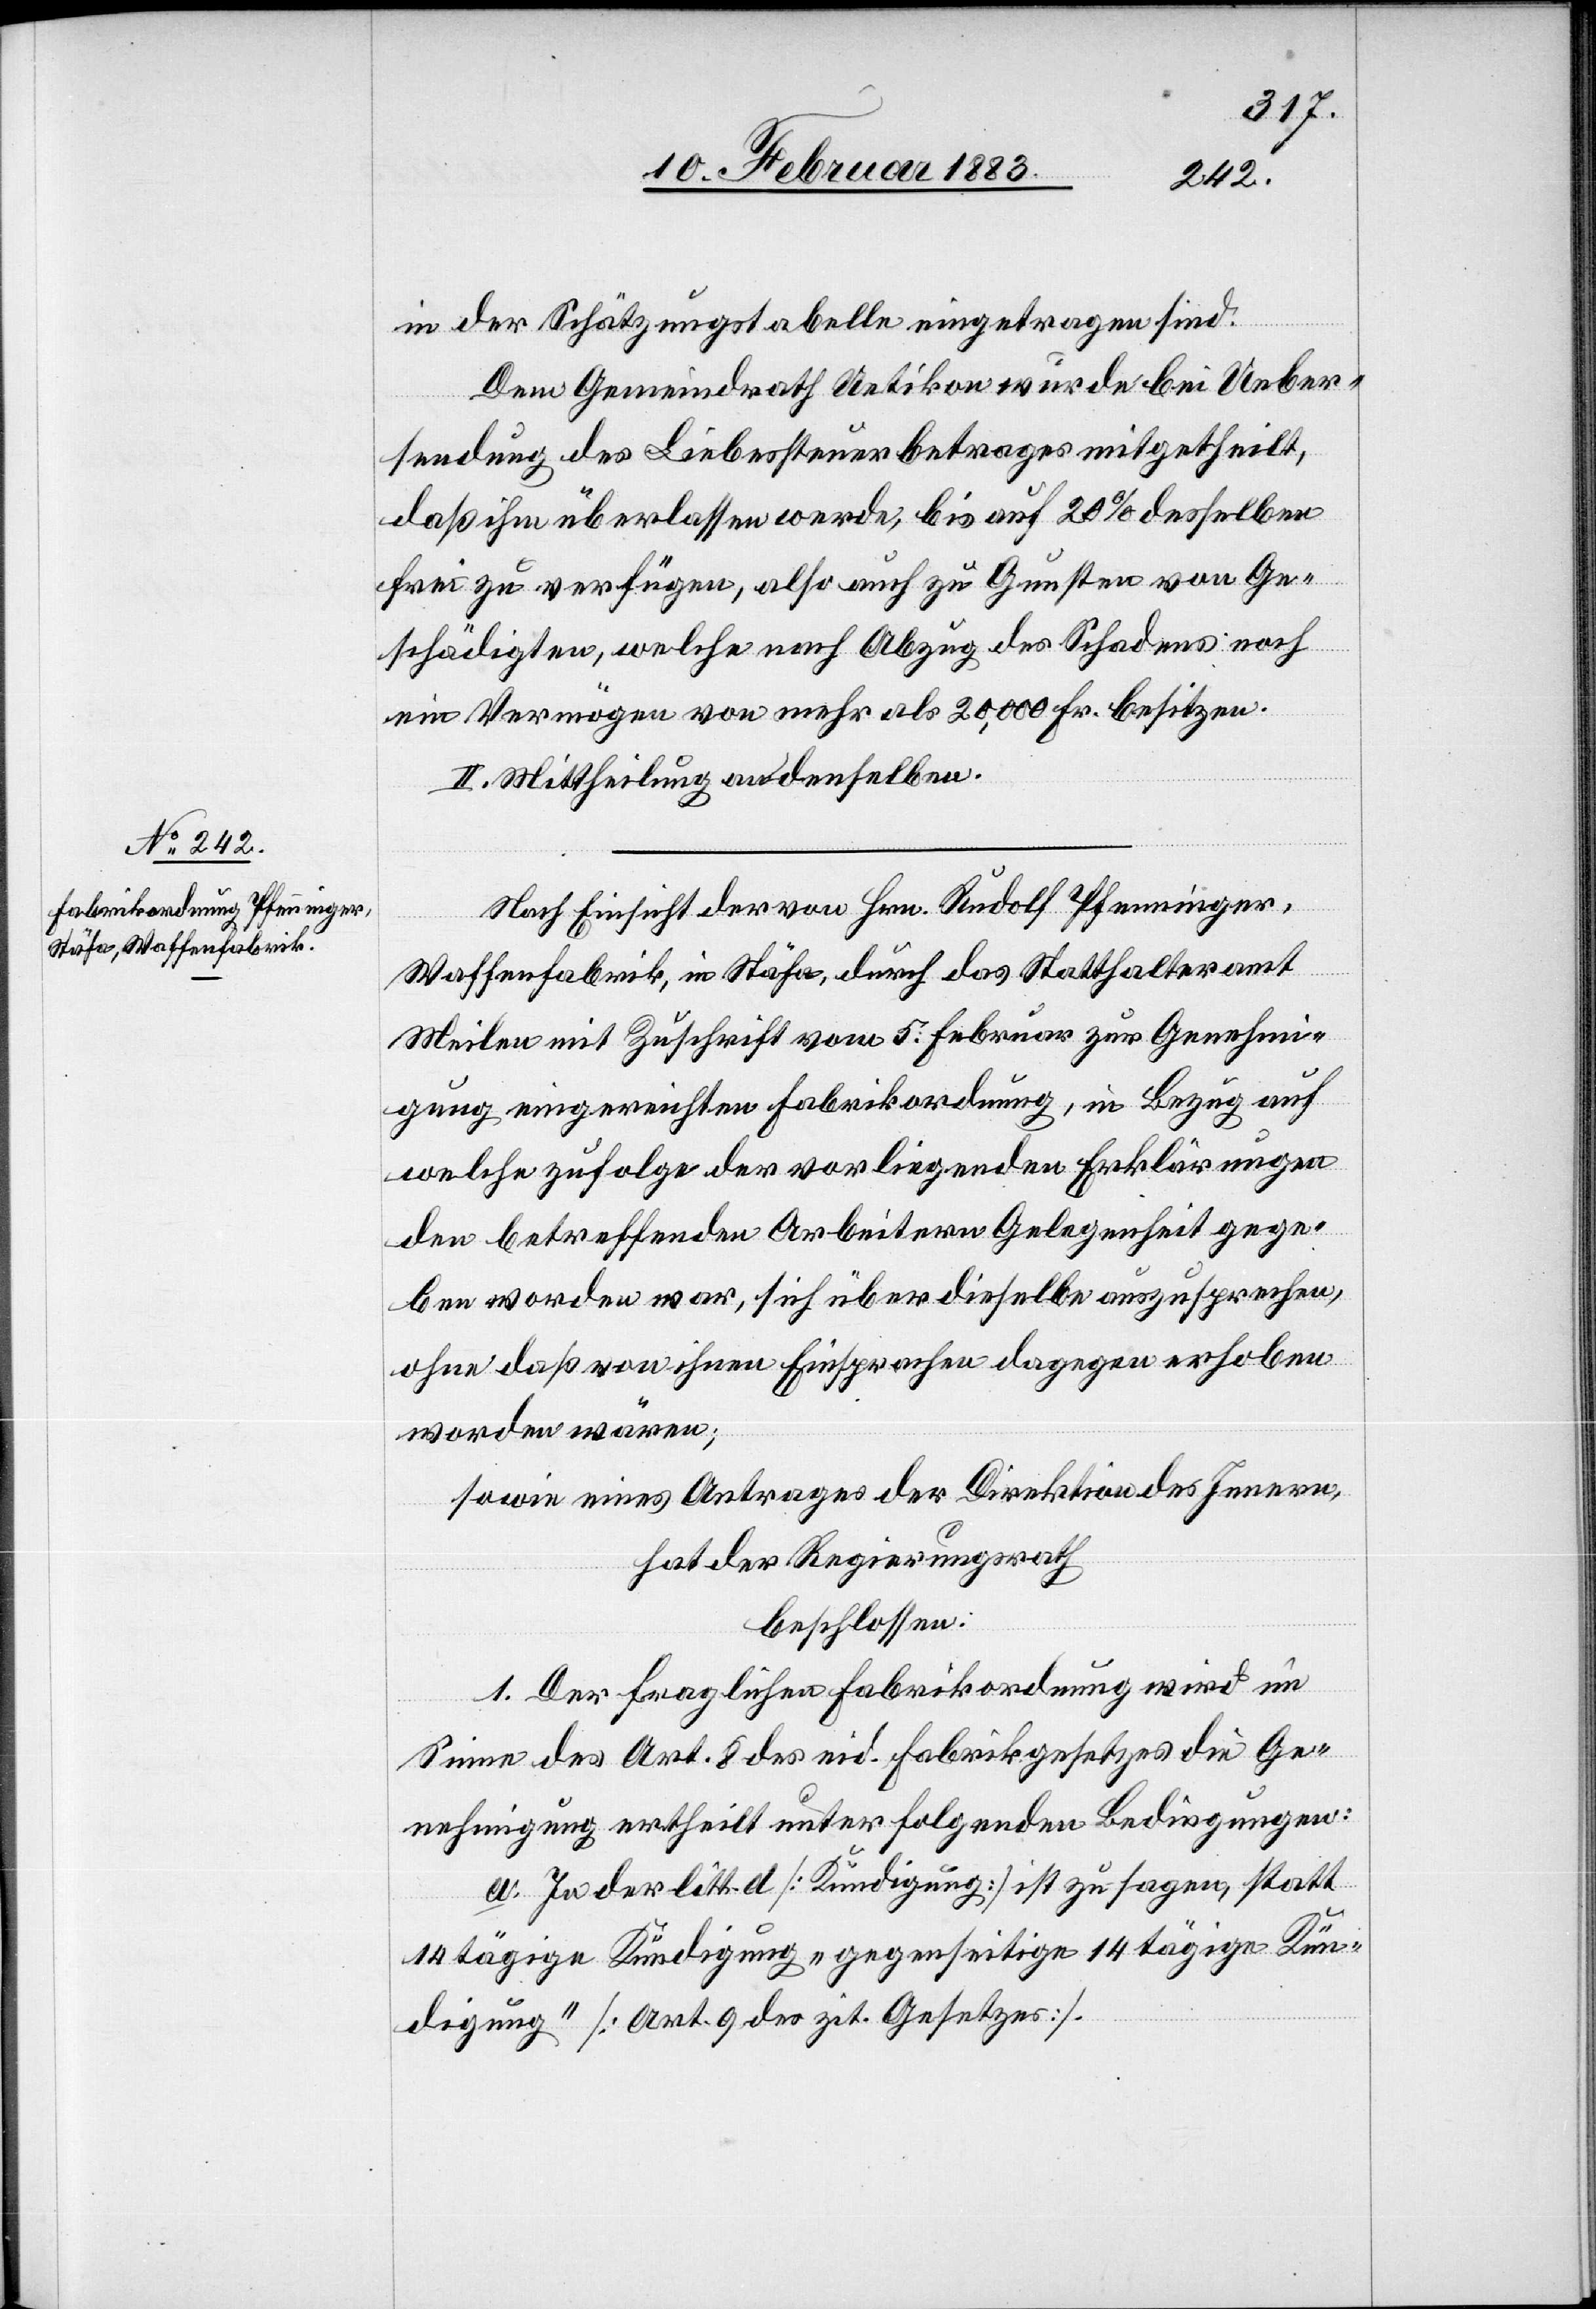
in der Schätzungstabelle eingetragen sind.
Dem Gemeindrath Uetikon wurde bei Ueber¬
sendung des Liebessteuerbetrages mitgetheilt,
daß ihm überlassen werde, bis auf 20% desselben
frei zu verfügen, also auch zu Gunsten von Ge¬
schädigten, welche nach Abzug des Schadens noch
ein Vermögen von mehr als 20,000 Fr. besitzen.
II. Mittheilung an denselben.
Nach Einsicht der von Hrn. Rudolf Pfenninger,
Waffenfabrik, in Stäfa, durch das Statthalteramt
Meilen mit Zuschrift vom 5. Februar zur Genehmi¬
gung eingereichten Fabrikordnung, in Bezug auf
welche zufolge der vorliegenden Erklärungen
den betreffenden Arbeitern Gelegenheit gege¬
ben worden war, sich über dieselbe auszusprechen,
ohne daß von ihnen Einsprachen dagegen erhoben
worden wären;
sowie eines Antrages der Direktion des Innern,
hat der Regierungsrath
beschlossen:
1. Der fraglichen Fabrikordnung wird im
Sinne des Art. 8 des eid. Fabrikgesetzes die Ge¬
nehmigung ertheilt unter folgenden Bedingungen:
a. In der litt. d [Kündigung] ist zu sagen, statt
14tägige Kündigung, „gegenseitige 14tägige Kün¬
digung“ [Art. 9 des zit. Gesetzes].